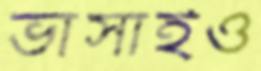
ভাসাইও